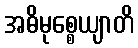
အဓိမုစ္စေယျာတိ